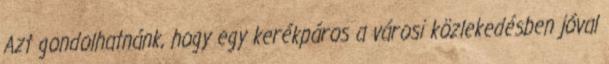
Azt gondolhatnánk, hogy egy kerékpáros a városi közlekedésben jóval